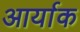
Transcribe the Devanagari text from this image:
आर्याक